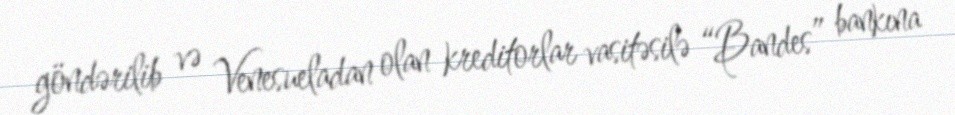
göndərilib və Venesueladan olan kreditorlar vasitəsilə “Bandes” bankına